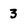
Character: 3